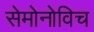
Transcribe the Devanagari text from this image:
सेमोनोविच